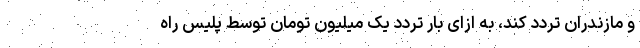
و مازندران تردد کند، به ازای بار تردد یک میلیون تومان توسط پلیس راه